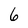
Character: 6